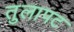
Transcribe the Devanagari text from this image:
तुलापट